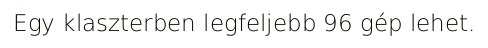
Egy klaszterben legfeljebb 96 gép lehet.